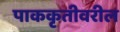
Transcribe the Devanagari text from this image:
पाककृतीवरील